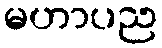
မဟာပည